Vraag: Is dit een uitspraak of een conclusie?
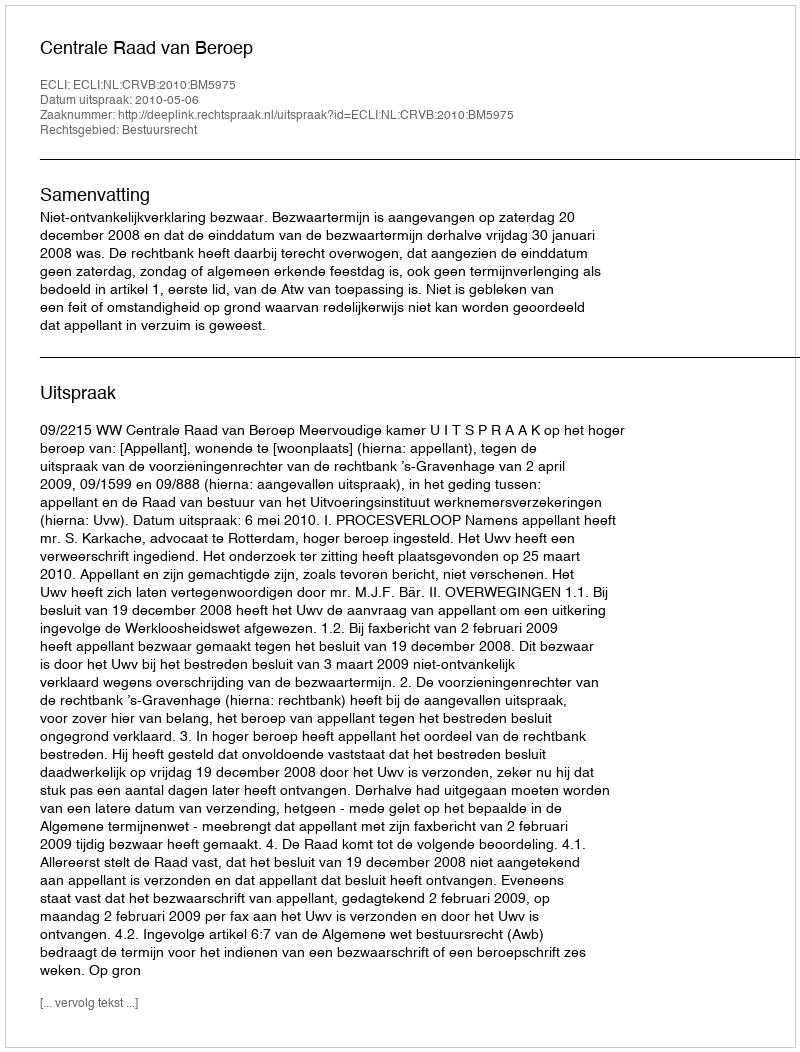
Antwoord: Uitspraak